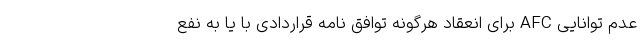
عدم توانایی AFC برای انعقاد هرگونه توافق نامه قراردادی با یا به نفع